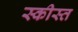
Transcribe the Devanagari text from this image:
स्कीस्त